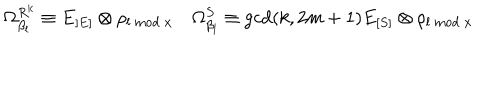
LaTeX: \Omega _ { \beta _ { l } } ^ { R ^ { k } } \equiv E _ { [ E ] } \otimes \rho _ { l \mathrm { ~ m o d ~ } x } ~ \Omega _ { \beta _ { l } } ^ { S } \equiv \mathrm { g c d } ( k , 2 m + 1 ) E _ { [ S ] } \otimes \rho _ { l \mathrm { ~ m o d ~ } x }